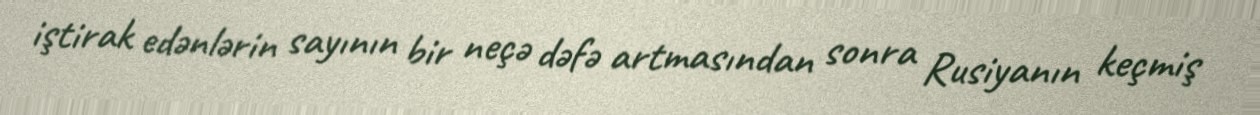
iştirak edənlərin sayının bir neçə dəfə artmasından sonra Rusiyanın keçmiş